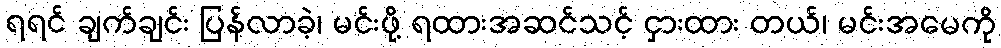
ရရင် ချက်ချင်း ပြန်လာခဲ့၊ မင်းဖို့ ရထားအဆင်သင့် ငှားထား တယ်၊ မင်းအမေကို